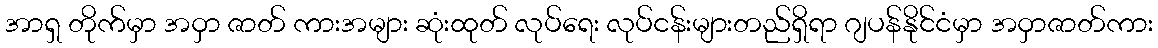
အာရှ တိုက်မှာ အဝှာ ဇာတ် ကားအများ ဆုံးထုတ် လုပ်ရေး လုပ်ငန်းများတည်ရှိရာ ဂျပန်နိုင်ငံမှာ အဝှာဇာတ်ကား